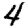
Digit: 4